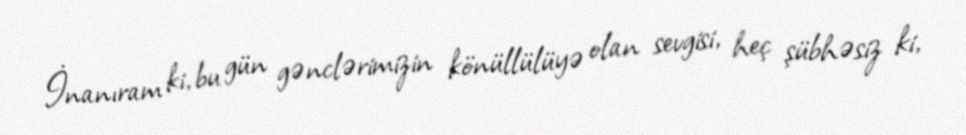
İnanıram ki, bu gün gənclərimizin könüllülüyə olan sevgisi, heç şübhəsiz ki,